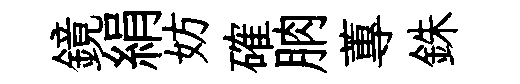
鏡絹妨確朒蓴銖